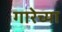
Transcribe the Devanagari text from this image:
गारेच्या